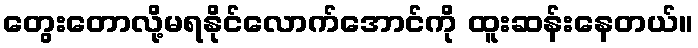
တွေးတောလို့မရနိုင်လောက်အောင်ကို ထူးဆန်းနေတယ်။